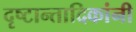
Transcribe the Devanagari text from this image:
दृष्टान्तादिकांनी